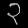
Digit: ၃